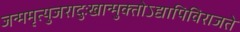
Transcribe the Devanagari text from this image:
जन्ममृत्युजरादुःखान्मुक्‍तोऽद्यापिविराजते